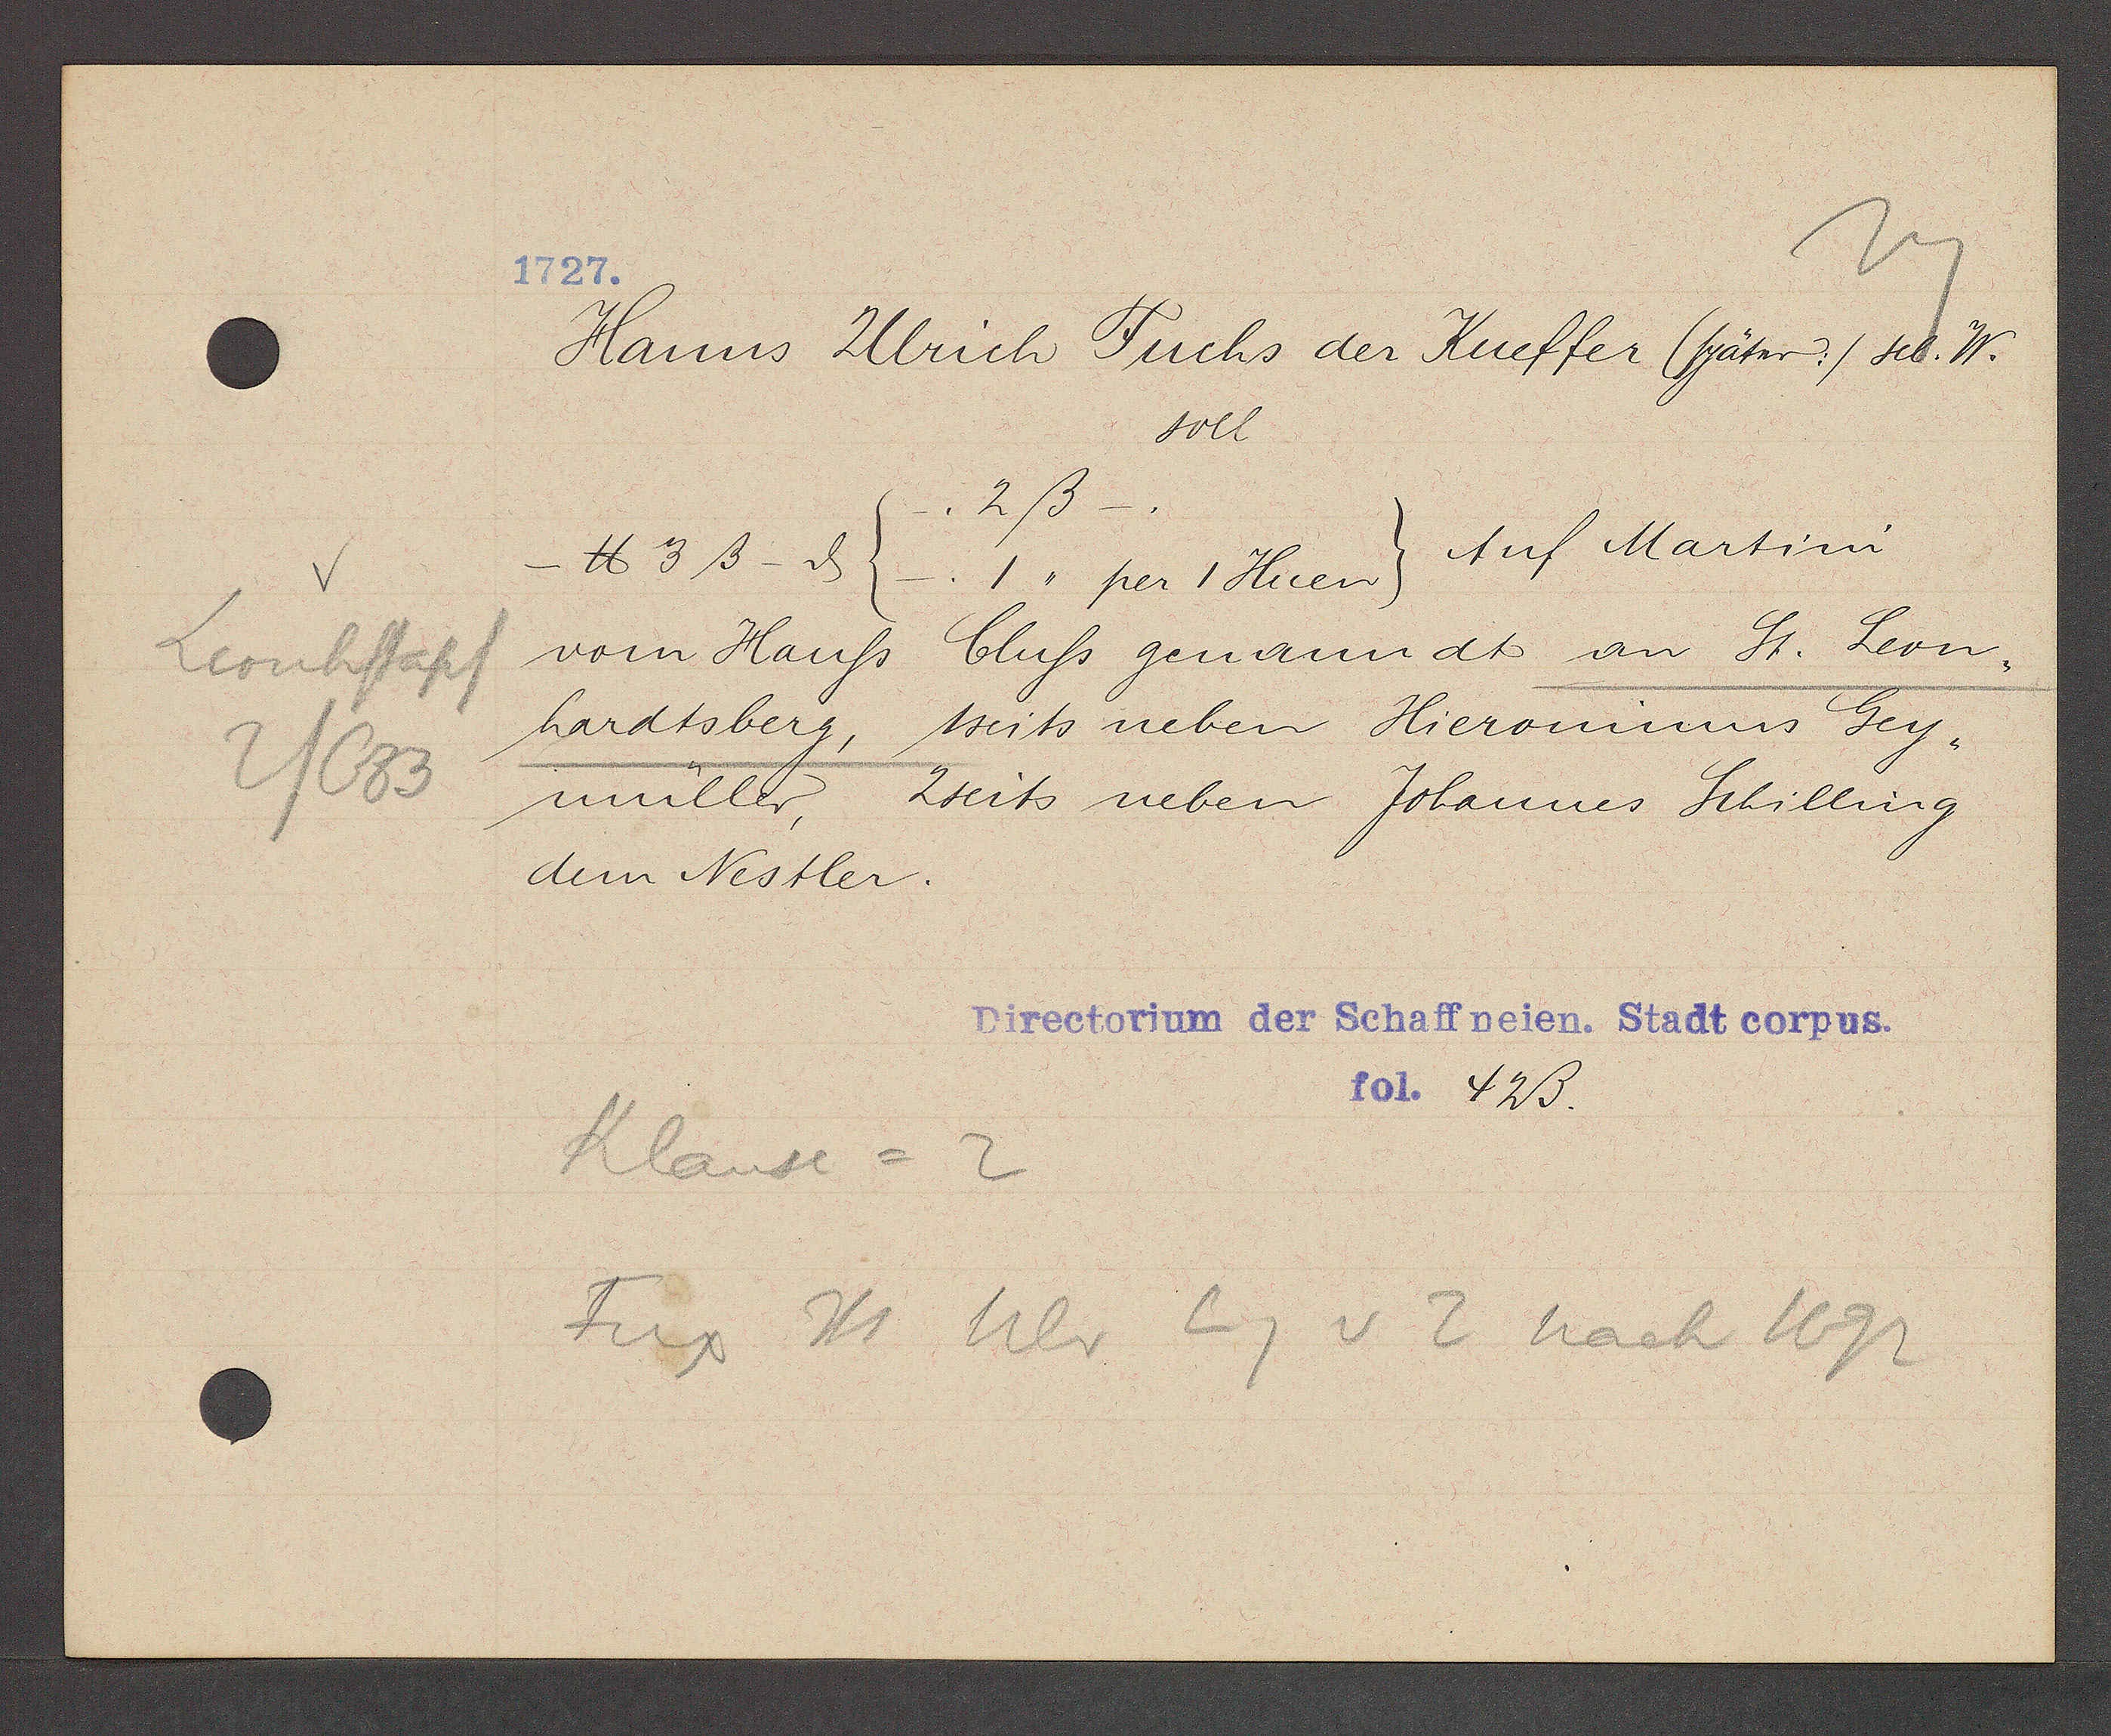
Transcript:
Leonhstapf
2/683

1727.

Hanns Ulrich Fuchs der Kueffer (später:) sel. W.
soll
2ß_.
- ℔ 3 ß - ȡ (_.1,, per 1 Huen)  Auf Martini
vom Hauss Cluss genanndt an St. Leon¬
hardtsberg, 1seits neben Hieronimus Gey¬
müller,
2seits neben Johannes Schilling
dem Nestler.

Directorium der Schaffneien. Stadt corpus.
fol. 42ß.

Klause = 2
Fux Hs. Ulr Eg v 2 nach 1692